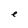
Character: e